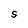
Character: S